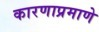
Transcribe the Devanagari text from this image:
कारणाप्रमाणे